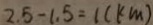
2 . 5 - 1 . 5 = 1 ( k m )